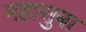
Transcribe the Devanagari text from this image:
महासुबा